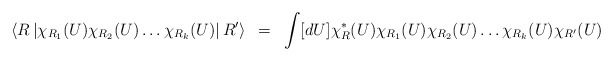
\begin{align*}\left<R\left| \chi_{R_1}(U)\chi_{R_2}(U)\ldots\chi_{R_k}(U)\right|R'\right>~=~\int [dU] \chi^*_R(U)\chi_{R_1}(U)\chi_{R_2}(U)\ldots\chi_{R_k}(U)\chi_{R'}(U)\end{align*}